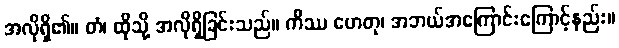
အလိုရှိ၏။ တံ၊ ထိုသို့ အလိုရှိခြင်းသည်။ ကိဿ ဟေတု၊ အဘယ်အကြောင်းကြောင့်နည်း။